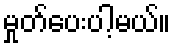
မှုတ်ပေးပါ့မယ်။